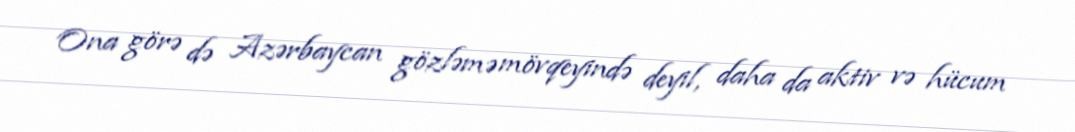
Ona görə də Azərbaycan gözləmə mövqeyində deyil, daha da aktiv və hücum